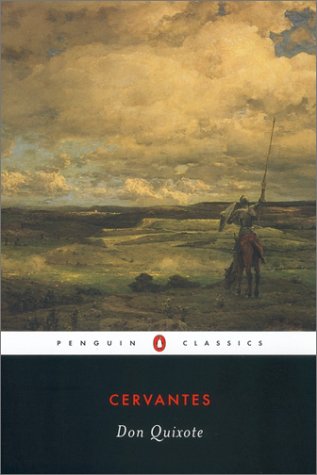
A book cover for Don Quixote (Penguin Classics); Miguel De Cervantes Saavedra; Science Fiction & Fantasy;